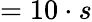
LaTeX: =10\cdot s